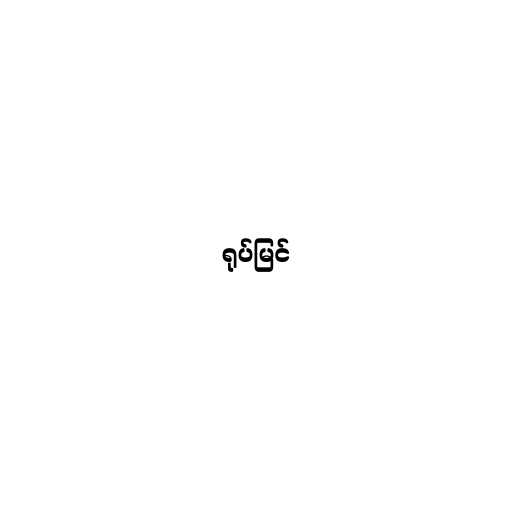
ရုပ်မြင်